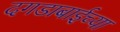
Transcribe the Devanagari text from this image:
दगडाबाईच्या